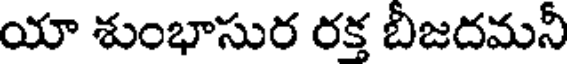
యా శుంభాసుర రక్త బీజదమనీ